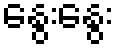
နွေးနွေး